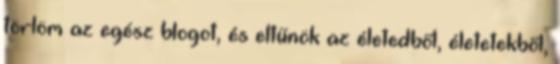
törlöm az egész blogot, és eltűnök az életedből, életetekből,